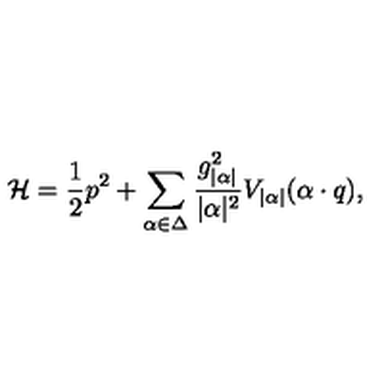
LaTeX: \mathcal { H } = { \frac { 1 } { 2 } } p ^ { 2 } + \sum _ { \alpha \in \Delta } { \frac { g _ { | \alpha | } ^ { 2 } } { | \alpha | ^ { 2 } } } V _ { | \alpha | } ( \alpha \cdot q ) ,